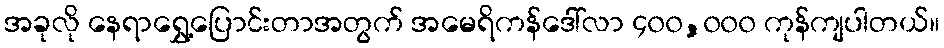
အခုလို နေရာရွှေ့ပြောင်းတာအတွက် အမေရိကန်ဒေါ်လာ ၄၀၀,၀၀၀ ကုန်ကျပါတယ်။